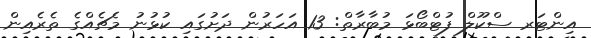
އިންޓަރ ސްކޫލް ފުޓްބޯޅަ މުބާރާތް: 13 އަހަރުން ދަށުގައި ކުޅުނު މެޗެއްގެ ތެރެއިން